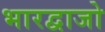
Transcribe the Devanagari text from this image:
भारद्वाजो